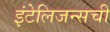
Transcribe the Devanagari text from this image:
इंटेलिजन्सची